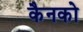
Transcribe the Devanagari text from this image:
कैनको